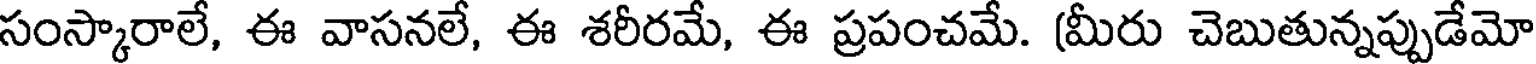
సంస్కారాలే, ఈ వాసనలే, ఈ శరీరమే, ఈ ప్రపంచమే. (మీరు చెబుతున్నప్పుడేమో